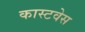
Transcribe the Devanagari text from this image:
कास्टवेस